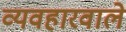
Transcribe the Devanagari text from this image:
व्यवहारवाले